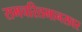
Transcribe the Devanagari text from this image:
रामचरितमानसवर